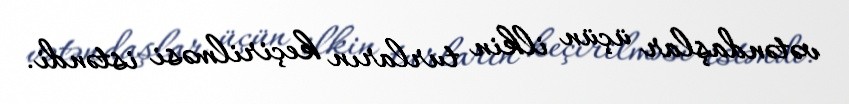
vətəndaşlar üçün ilkin turların keçirilməsi istəndi.